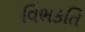
વિભકતિ